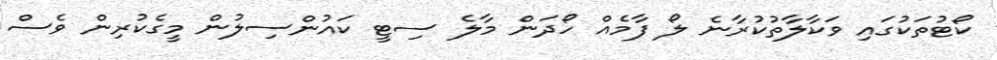
ކޯޓުތަކުގައި ވަކާލާތުކުރާނެ ލޯ ފާމެއް ހޯދަން މާލެ ސިޓީ ކައުންސިލުން މީގެކުރިން ވެސް